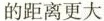
的距离更大